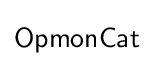
{\mathsf {OpmonCat}}